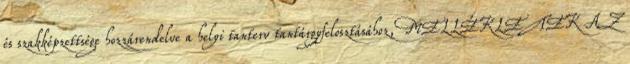
és szakképzettsége hozzárendelve a helyi tanterv tantárgyfelosztásához, MELLÉKLETEK AZ